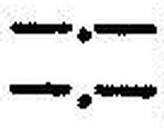
—.—